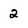
Character: 2